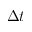
\Delta t